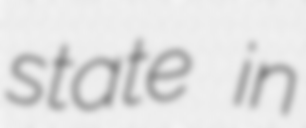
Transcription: state in